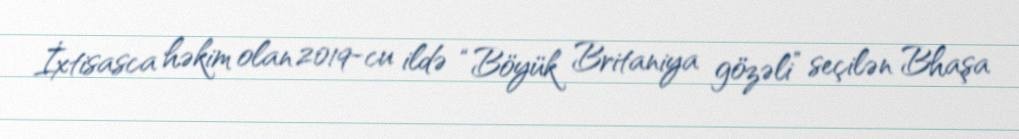
İxtisasca həkim olan 2019-cu ildə “Böyük Britaniya gözəli” seçilən Bhaşa